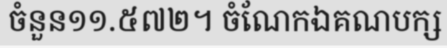
ចំនួន១១.៥៧២។ ចំណែកឯគណបក្ស